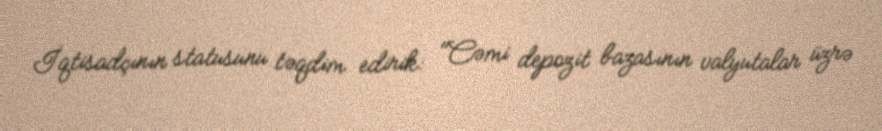
İqtisadçının statusunu təqdim edirik: "Cəmi depozit bazasının valyutalar üzrə